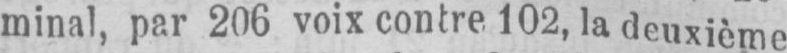
minal, par 206 voix contre 102, la deuxième